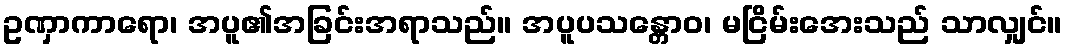
ဥဏှာကာရော၊ အပူ၏အခြင်းအရာသည်။ အပူပသန္တောဝ၊ မငြိမ်းအေးသည် သာလျှင်။